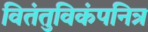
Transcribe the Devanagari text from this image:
वितंतुविकंपनित्र